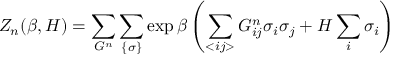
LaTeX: Z _ { n } ( \beta , H ) = \sum _ { G ^ { n } } \sum _ { \{ \sigma \} } \exp \beta \left( \sum _ { < i j > } G _ { i j } ^ { n } \sigma _ { i } \sigma _ { j } + H \sum _ { i } \sigma _ { i } \right)